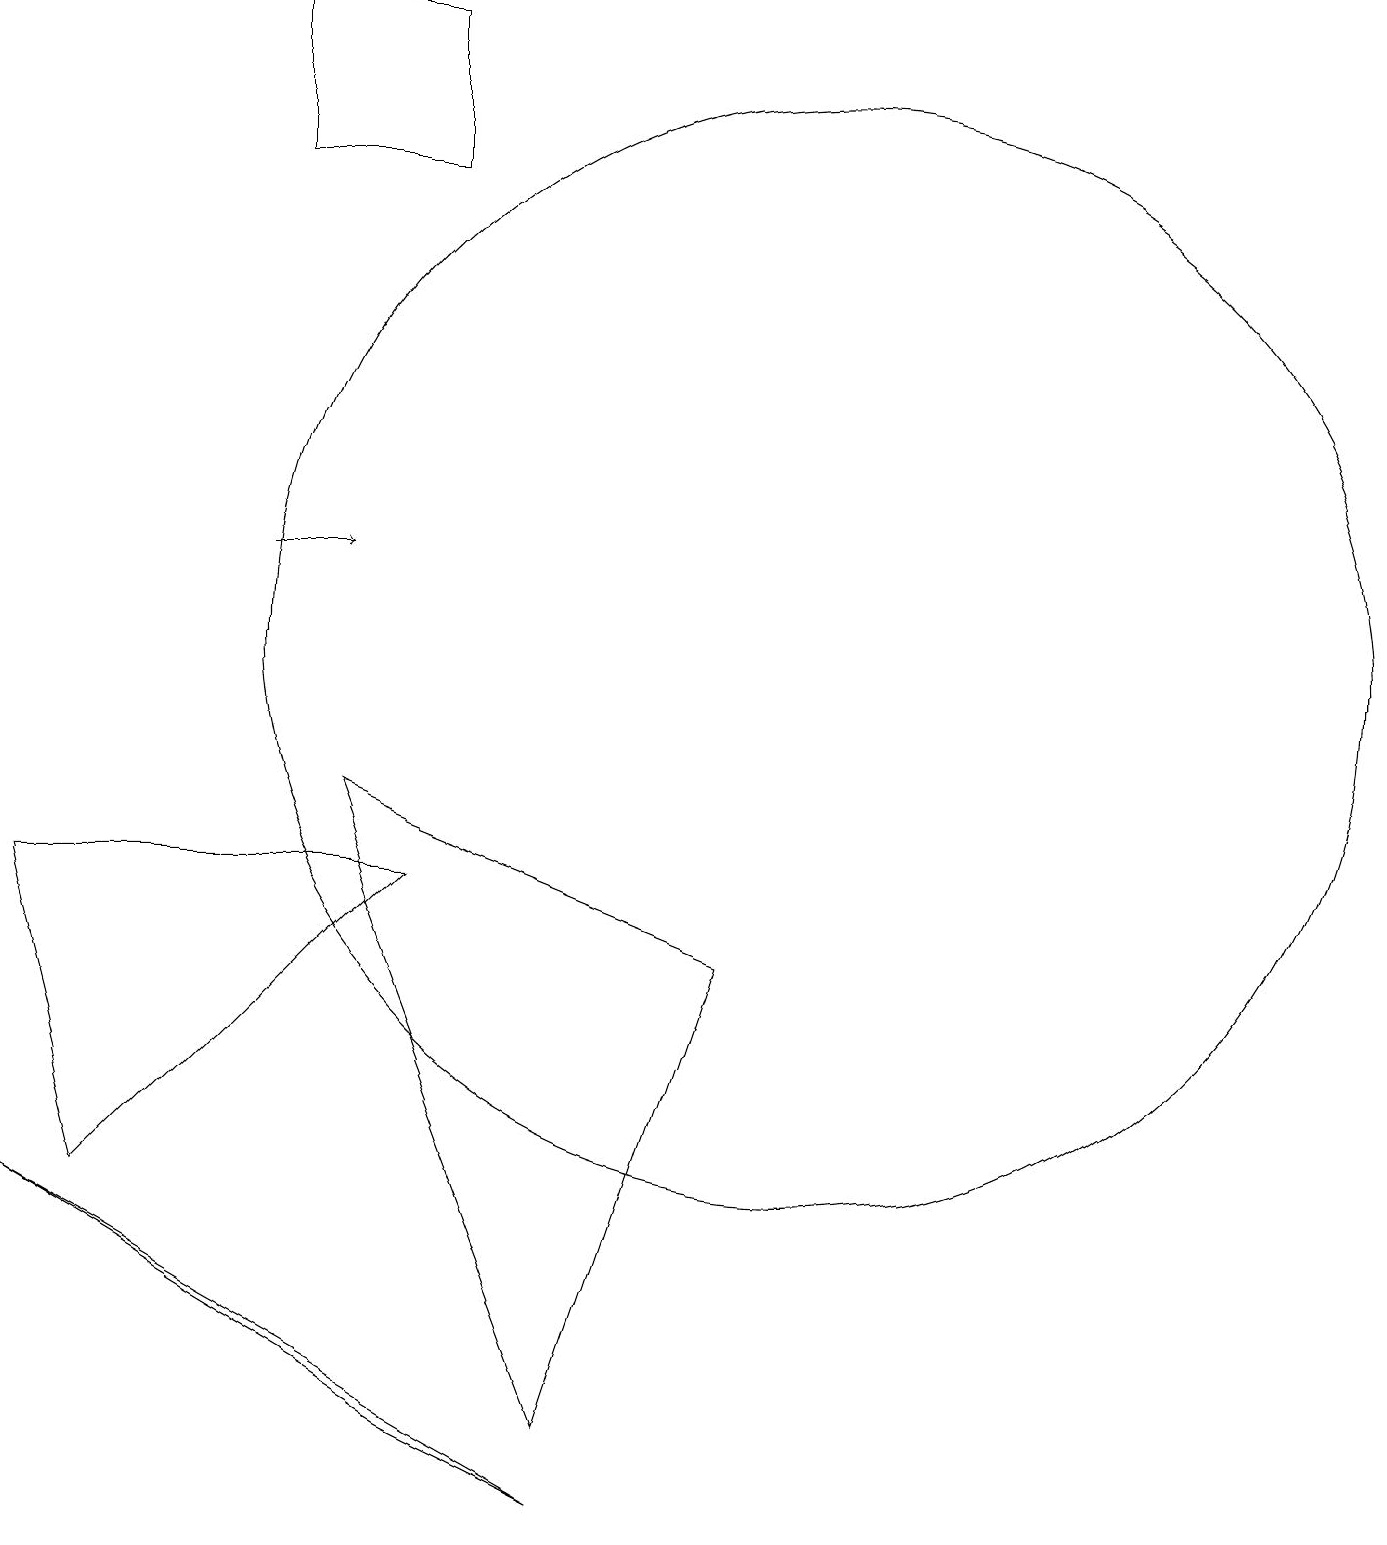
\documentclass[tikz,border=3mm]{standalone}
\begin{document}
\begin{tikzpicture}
\draw[->] (3,12) -- (4,12);
\draw (7,1) -- (4,9) -- (9,7) -- cycle;
\draw (10,11) circle (7);
\draw (0,8) -- (5,8) -- (1,4) -- cycle;
\draw (5,19) rectangle (3,17);
\draw (5,1) -- (7,0) -- (0,4) -- cycle;
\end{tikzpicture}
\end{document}